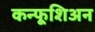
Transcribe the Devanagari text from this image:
कन्फूशिअन